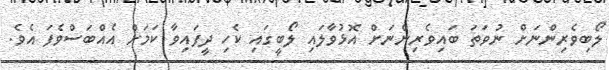
ލޯބިވެރިންނަށް ނުވަތަ ބައިވެރިންނަށް އޮޅުވާލައި ލޯބީގައި ކެހި ދީފައިވާ ކަމަށް އެއްބަސްވެފަ އެވެ.